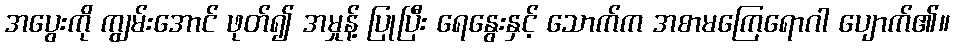
အပွေးကို ကျွမ်းအောင် ဖုတ်၍ အမှုန့် ပြုပြီး ရေနွေးနှင့် သောက်က အစာမကြေရောဂါ ပျောက်၏။